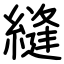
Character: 縫